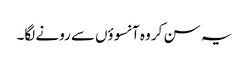
یہ سن کر وہ آنسوؤں‌سے رونے لگا۔